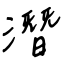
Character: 潛